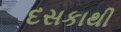
દસકાથી